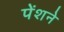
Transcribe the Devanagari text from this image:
पेंशने